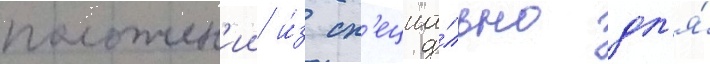
положен'ии и́з сп'ециа́льно дл'я́